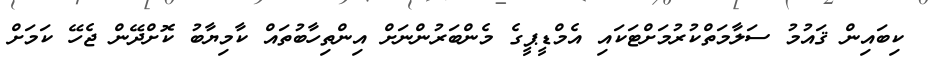
ކިބައިން ޤައުމު ސަލާމަތްކުރުމަށްޓަކައި އެމްޑީޕީގެ މެންބަރުންނަށް އިންތިހާބުތައް ކާމިޔާބު ކޮށްދޭން ޖެހޭ ކަމަށް